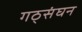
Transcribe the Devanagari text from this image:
गठ्संघन